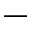
-